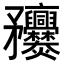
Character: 𥎥